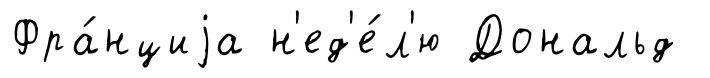
Фра́нциjа н'ед'е́л'ю Дональд